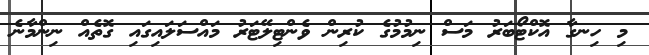
މި ހިނގާ އޮކްޓޯބަރު މަސް ނިމުމުގެ ކުރިން ވެންޓިލޭޓަރު މައްސަލައިގައި ގޮތެއް ނިންމާނެ